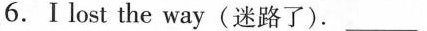
6.Ⅰ lost the way(迷路了). ___